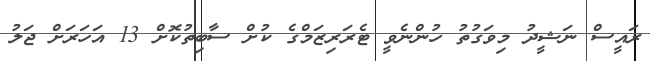
ރައީސް ނަޝީދު މިވަގުތު ހުންނެވީ ޓެރަރިޒަމްގެ ކުށް ސާބިތުކޮށް 13 އަހަރަށް ޖަލު